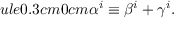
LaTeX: ule { 0.3 cm } { 0 cm } \alpha ^ { i } \equiv \beta ^ { i } + \gamma ^ { i } .